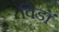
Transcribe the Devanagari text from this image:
विडाॅ